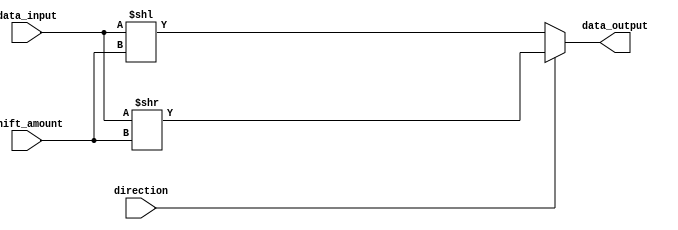
module BarrelShifter(input [7:0] data_input, input [2:0] shift_amount, input direction, output reg [7:0] data_output);

  reg [7:0] data_shifted;

  always @* begin
    if(direction) begin
      // Right shift
      data_shifted = data_input >> shift_amount;
    end else begin
      // Left shift
      data_shifted = data_input << shift_amount;
    end
  end

  assign data_output = data_shifted;

endmodule